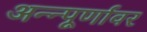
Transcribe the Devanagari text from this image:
अन्न्पूर्णावर